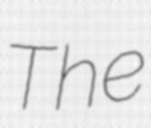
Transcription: The